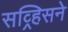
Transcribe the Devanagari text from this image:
सव्र्हिसने